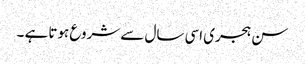
سن ہجری اسی سال سے شروع ہوتا ہے ۔